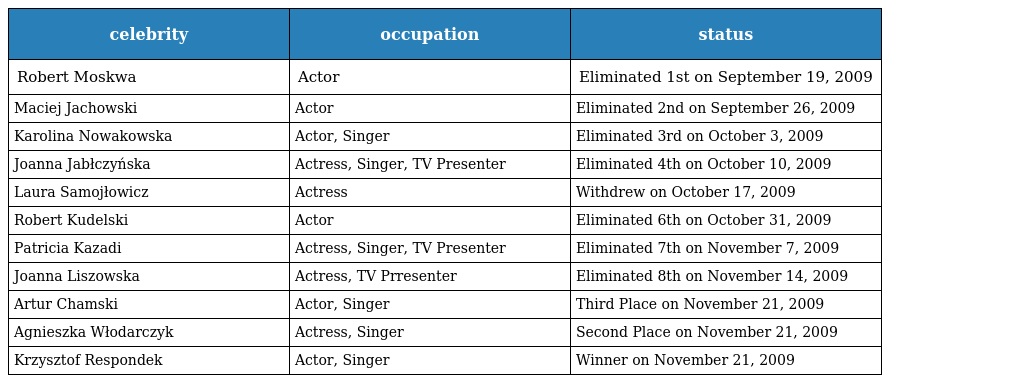
| celebrity | occupation | status |
 | --- | --- | --- |
 | Robert Moskwa | Actor | Eliminated 1st on September 19, 2009 |
 | Maciej Jachowski | Actor | Eliminated 2nd on September 26, 2009 |
 | Karolina Nowakowska | Actor, Singer | Eliminated 3rd on October 3, 2009 |
 | Joanna Jabłczyńska | Actress, Singer, TV Presenter | Eliminated 4th on October 10, 2009 |
 | Laura Samojłowicz | Actress | Withdrew on October 17, 2009 |
 | Robert Kudelski | Actor | Eliminated 6th on October 31, 2009 |
 | Patricia Kazadi | Actress, Singer, TV Presenter | Eliminated 7th on November 7, 2009 |
 | Joanna Liszowska | Actress, TV Prresenter | Eliminated 8th on November 14, 2009 |
 | Artur Chamski | Actor, Singer | Third Place on November 21, 2009 |
 | Agnieszka Włodarczyk | Actress, Singer | Second Place on November 21, 2009 |
 | Krzysztof Respondek | Actor, Singer | Winner on November 21, 2009 |